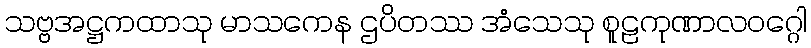
သဗ္ဗအဋ္ဌကထာသု မာသကေန ဌပိတဿ အံသေသု စူဠကုဏာလဝဂ္ဂေါ